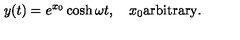
y ( t ) = e ^ { x _ { 0 } } \cosh \omega t , \quad x _ { 0 } \mathrm { a r b i t r a r y } .